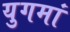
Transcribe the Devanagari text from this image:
युगमां